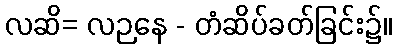
လဆိ= လဉနေ - တံဆိပ်ခတ်ခြင်း၌။